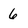
Character: 6